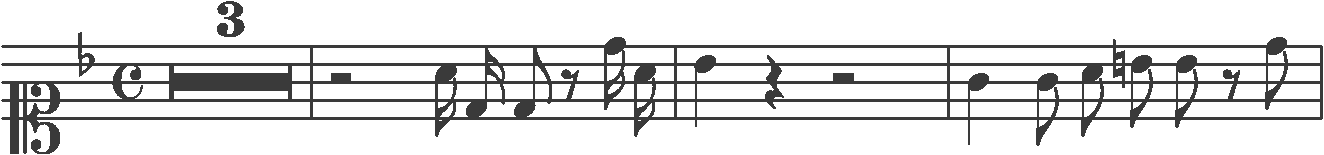
Transcription: clef-C1 keySignature-FM timeSignature-C multirest-3 barline rest-half note-A4_sixteenth note-D4_sixteenth note-D4_eighth rest-eighth note-D5_sixteenth note-A4_sixteenth barline note-Bb4_quarter rest-quarter rest-half barline note-G4_quarter note-G4_eighth note-A4_eighth note-B4_eighth note-Bb4_eighth rest-eighth note-D5_eighth barline